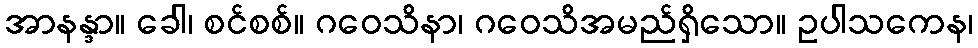
အာနန္ဒာ။ ခေါ၊ စင်စစ်။ ဂဝေသိနာ၊ ဂဝေသိအမည်ရှိသော။ ဥပါသကေန၊